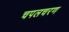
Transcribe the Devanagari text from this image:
चपलचरण